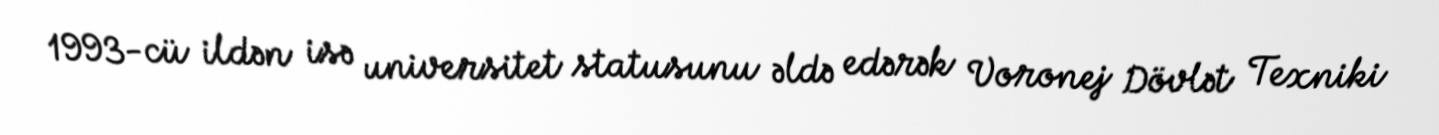
1993-cü ildən isə universitet statusunu əldə edərək Voronej Dövlət Texniki